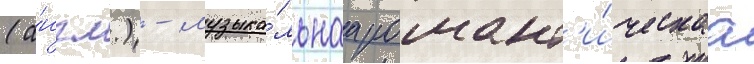
(а́нгл.) - музыка́льнаа романт'и́ческаа